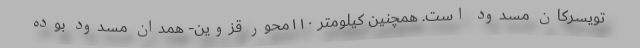
تویسرکان مسدود است. همچنین کیلومتر ۱۱۰محور قزوین- همدان مسدود بوده